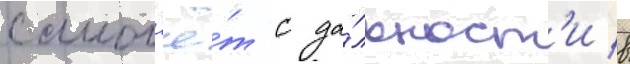
самол'ё́т с да́льност'и в